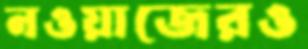
নওয়াজেরও